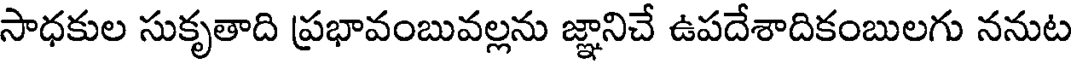
సాధకుల సుకృతాది ప్రభావంబువల్లను జ్ఞానిచే ఉపదేశాదికంబులగు ననుట